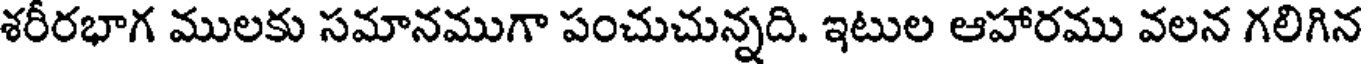
శరీరభాగ ములకు సమానముగా పంచుచున్నది. ఇటుల ఆహారము వలన గలిగిన